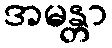
အမန္တာ